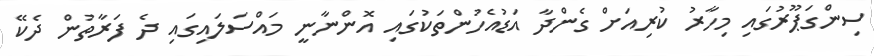
ސިންގަޕޫރުގައި މިހާރު ކުރިއަށް ގެންދާ އަޑުއެހުންތަކުގައި އޮންނާނީ މައްސަލައިގައި ދެ ފަރާތުން ދެކޭ